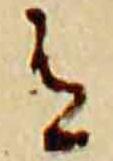
有